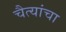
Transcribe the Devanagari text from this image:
चैत्यांचा